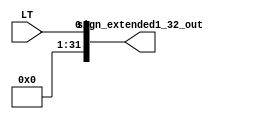
module sign_extended1_32_(
    input wire LT,
    output wire [31:0] sign_extended1_32_out
    );

    assign sign_extended1_32_out = {{31{1'b0}}, LT};
endmodule